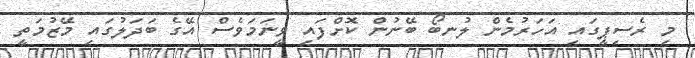
މި ރެސިޕީގައި އަހަރުމެން ލުނބޯ ބޭނުން ކޮށްފައި ވީނަމަވެސް އޭގެ ބަދަލުގައި މޭޒުމަތީ